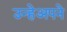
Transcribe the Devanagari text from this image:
उन्हेअपने